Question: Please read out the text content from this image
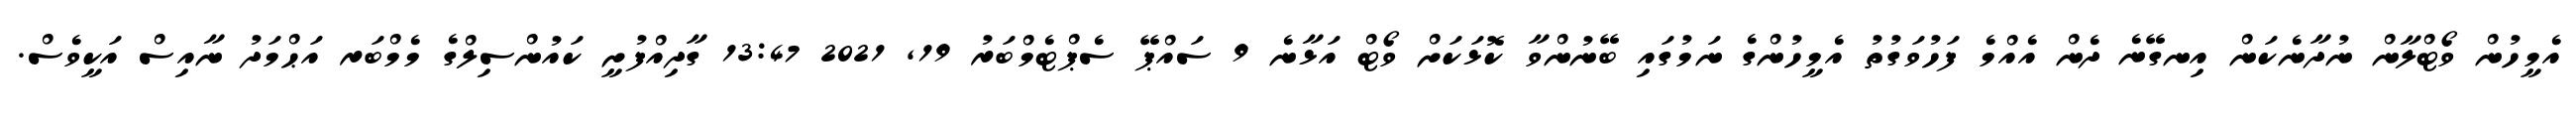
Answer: އެމީހުން ވޯޓްލާން ނުދާނެކަން އިނގޭނެ ދެން އެއްމެ ފަހުވަގުތު އެމީހުންގެ ނަމުގައި ބޭނުންވާ ކޮޅަކަށް ވޯޓް އަޅާނެ 9 ސައްޕޭ ސެޕްޓެމްބަރު 19, 2021 13:47 ގާދިއްފުށީ ކައުންސިލްގެ މެމްބަރ އަޙްމަދު ނާއިސް އަކީވެސް.